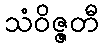
သံဝိဇ္ဇတီ